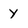
Character: y